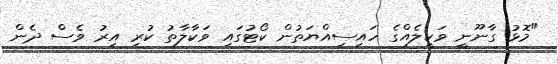
"މޮޅު ގާނޫނީ ވަކީލެއްގެ ހައިސިއްޔަތުން ކޯޓުގައި ވަކާލާތު ކުރި އިރު ވެސް ދެން